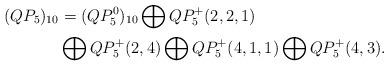
LaTeX: \begin{align*}(QP_5)_{10} &= (QP_5^0)_{10} \bigoplus QP_5^+(2,2,1)\\&\bigoplus QP_5^+(2,4) \bigoplus QP_5^+(4,1,1) \bigoplus QP_5^+(4,3).\end{align*}